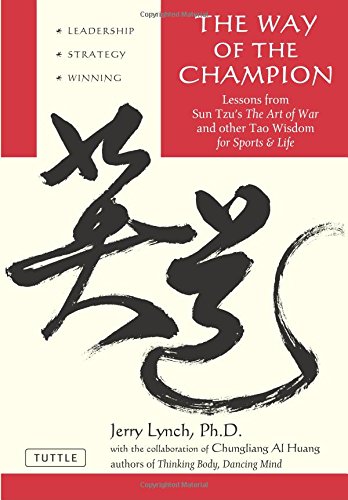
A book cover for The Way of the Champion: Lessons from Sun Tzu's The art of War and other Tao Wisdom for Sports & life; Jerry Lynch Ph.D.; Religion & Spirituality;